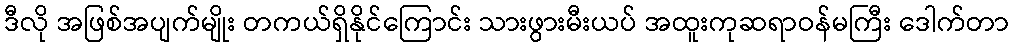
ဒီလို အဖြစ်အပျက်မျိုး တကယ်ရှိနိုင်ကြောင်း သားဖွားမီးယပ် အထူးကုဆရာဝန်မကြီး ဒေါက်တာ